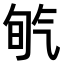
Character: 𣱡